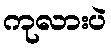
ကုလားပဲ